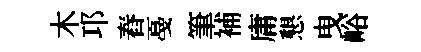
木邛舂戞筆補庸懇曳峪